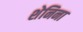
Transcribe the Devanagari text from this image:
शेनिना